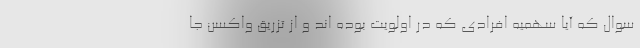
سوال که آیا سهمیه افرادی که در اولویت بوده اند و از تزریق واکسن جا